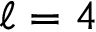
\ell = 4